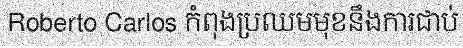
Roberto Carlos កំពុងប្រឈមមុខនឹងការជាប់